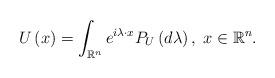
LaTeX: \begin{align*}U\left(x\right)=\int_{\mathbb{R}^{n}}e^{i\lambda\cdot x}P_{U}\left(d\lambda\right),\; x\in\mathbb{R}^{n}.\end{align*}